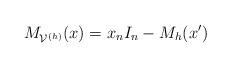
LaTeX: \begin{align*} M_{\mathcal{V}^{(h)}}(x)= x_n I_n-M_{h}(x')\end{align*}